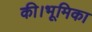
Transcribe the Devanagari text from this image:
की।भूमिका